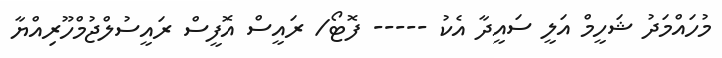
މުހައްމަދު ޝަހީމް އަލީ ސައީދާ އެކު ----- ފޮޓޯ/ ރައީސް އޮފީސް ރައީސުލްޖުމްހޫރިއްޔާ